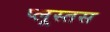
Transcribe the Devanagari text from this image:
प्लूस्तस